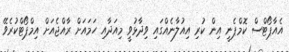
އެއާޕޯޓްސް ކޮމްޕެނީ އިން ކުރި އިއުލާނެއްގައި ވިދާޅުވީ މިއަދާއި ހަމައަށް ރާއްޖެއަށް އިމްޕޯޓްކުރެވޭ